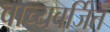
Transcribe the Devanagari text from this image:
वाच्यवर्जित